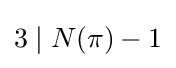
3\mid N(\pi )-1